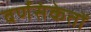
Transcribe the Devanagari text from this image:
वर्णसंकेतों